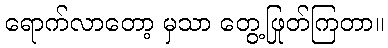
ရောက်လာတော့ မှသာ တွေ့ဖြုတ်ကြတာ။